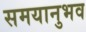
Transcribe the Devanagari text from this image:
समयानुभव